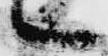
々